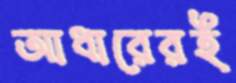
আধারেরই